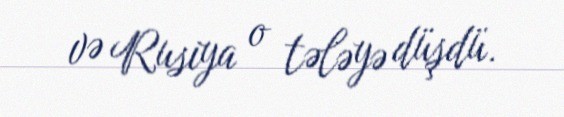
və Rusiya o tələyə düşdü.